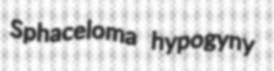
Sphaceloma hypogyny